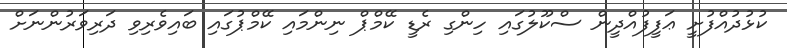
ކުޅުދުއްފުށީ ޢަފީފުއްދީން ސްކޫލުގައި ހިންގި ރެޑީ ކޭމްޕް ނިންމައި ކޭމްޕުގައި ބައިވެރިވި ދަރިވަރުންނަށް